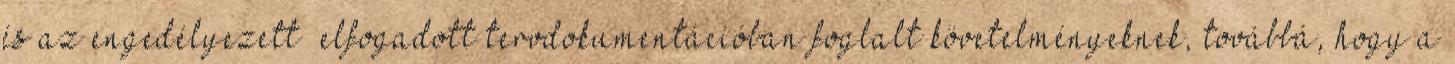
és az engedélyezett elfogadott tervdokumentációban foglalt követelményeknek, továbbá, hogy a